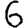
Digit: 6